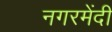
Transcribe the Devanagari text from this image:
नगरमेंदी